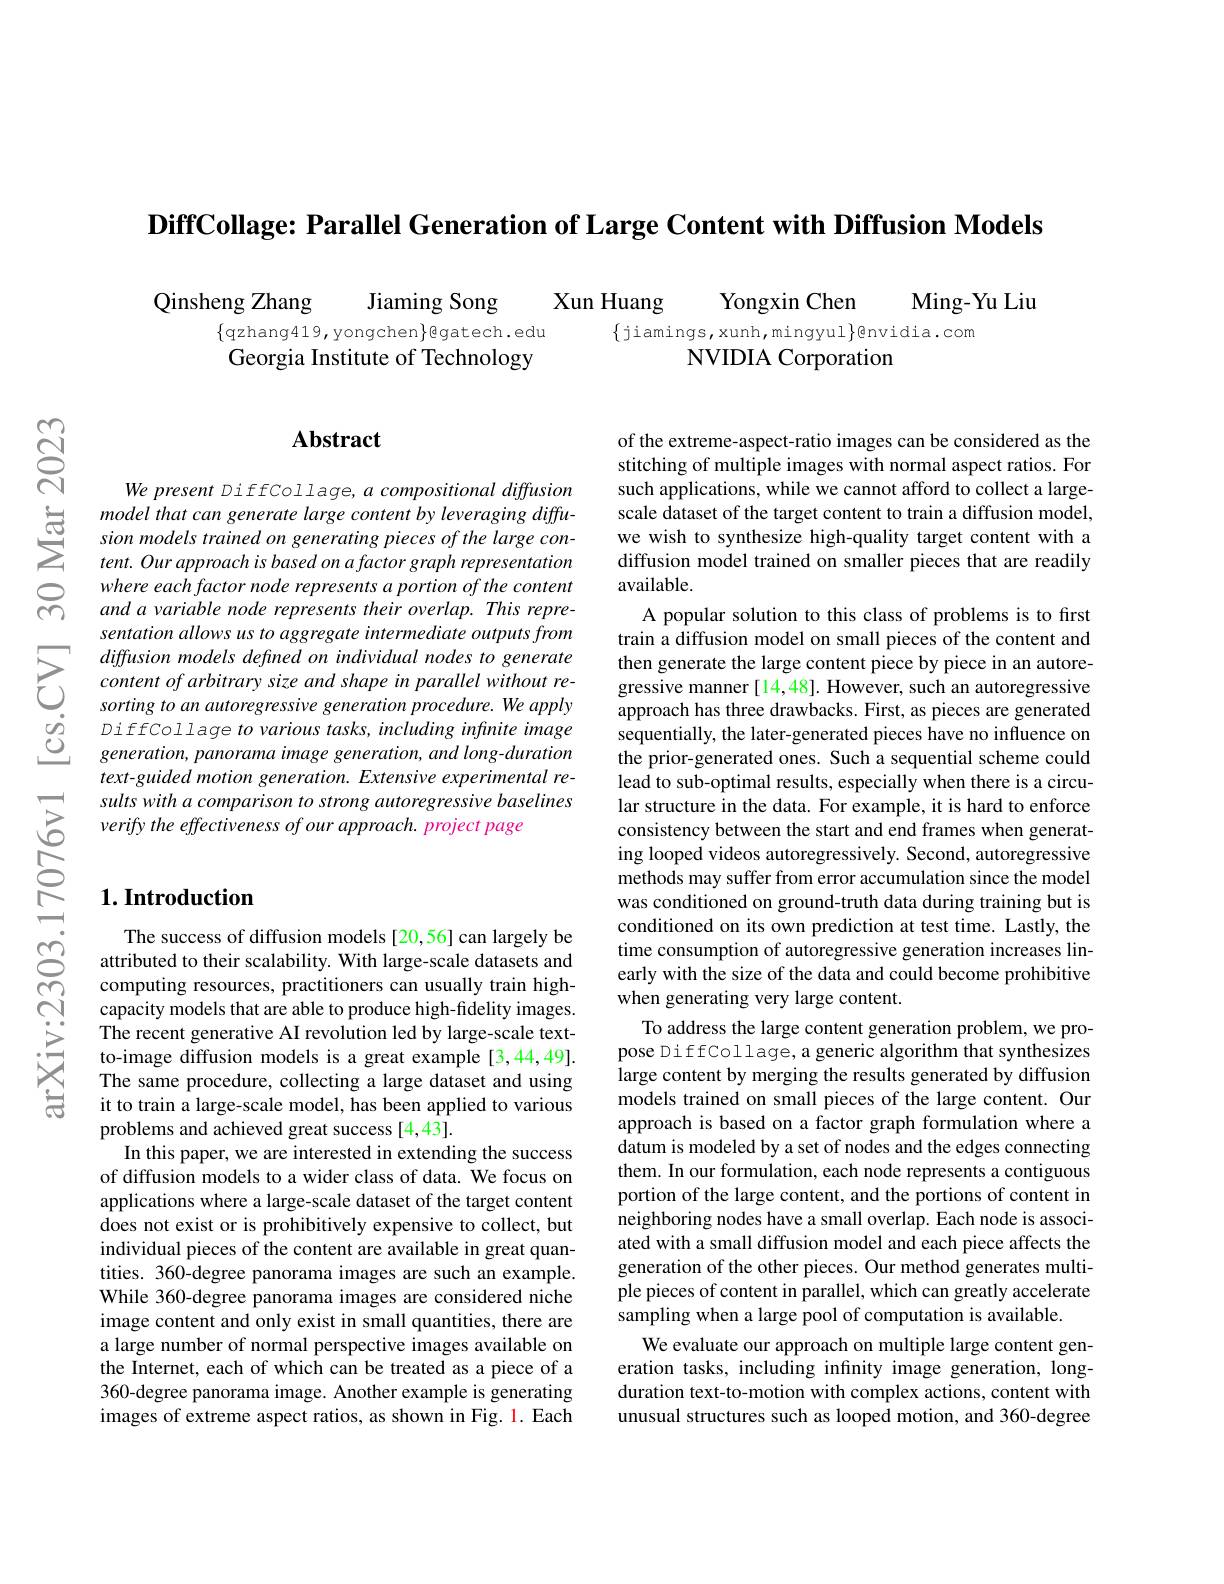
$\textbf{DiffCollage: Parallel Generation of Large Content with Diffusion Models}$

Ming-Yu Liu

Qinsheng Zhang
Jiaming Song
Xun Huang
$\{$qzhang419, yongchen$\}$gatech.edu Georgia Institute of Technology

Yongxin Chen
$\{$jiamings,xunh,mingyul$\}$@nvidia.com
NVIDIA Corporation

## $\mathbf{Abstract}$

We present DiffCollage, a compositional diffusion model that can generate large content by leveraging diffusion models trained on generating pieces of the large content. Our approach is based on a factor graph representation where each factor node represents a portion of the content and a variable node represents their overlap. This representation allows us to aggregate intermediate outputs from diffusion models defined on individual nodes to generate content of arbitrary size and shape in parallel without resorting to an autoregressive generation procedure. We apply DiffCollage to various tasks, including infinite image $generation,panoramaimage$ generation, and long-duration text-guided motion generation. Extensive experimental results with a comparison to strong autoregressive baselines verify the effectiveness of our approach. project page

## $1. \textbf{Introduction}$

of the extreme-aspect-ratio images can be considered as the stitching of multiple images with normal aspect ratios. For such applications, while we cannot afford to collect a largescale dataset of the target content to train a diffusion model, we wish to synthesize high-quality target content with a diffusion model trained on smaller pieces that are readily available.
A popular solution to this class of problems is to first train a diffusion model on small pieces of the content and then generate the large content piece by piece in an autoregressive manner [14,48]. However, such an autoregressive approach has three drawbacks. First, as pieces are generated sequentially, the later-generated pieces have no influence on the prior-generated ones. Such a sequential scheme could lead to sub-optimal results, especially when there is a circular structure in the data. For example, it is hard to enforce consistency between the start and end frames when generating looped videos autoregressively. Second, autoregressive methods may suffer from error accumulation since the model was conditioned on ground-truth data during training but is conditioned on its own prediction at test time. Lastly, the time consumption of autoregressive generation increases linearly with the size of the data and could become prohibitive when generating very large content.
To address the large content generation problem, we propose DiffCollage, a generic algorithm that synthesizes large content by merging the results generated by diffusion models trained on small pieces of the large content. Our approach is based on a factor graph formulation where a datum is modeled by a set of nodes and the edges connecting them. In our formulation, each node represents a contiguous portion of the large content, and the portions of content in neighboring nodes have a small overlap. Each node is associated with a small diffusion model and each piece affects the generation of the other pieces. Our method generates multiple pieces of content in parallel, which can greatly accelerate sampling when a large pool of computation is available
We evaluate our approach on multiple large content generation tasks, including infinity image generation, longduration text-to-motion with complex actions, content with unusual structures such as looped motion, and 360-degree

The success of diffusion models [20,56] can largely be attributed to their scalability. With large-scale datasets and computing resources, practitioners can usually train highcapacity models that are able to produce high-fidelity images. The recent generative AI revolution led by large-scale textto-image diffusion models is a great example [3,44,49]. The same procedure, collecting a large dataset and using it to train a large-scale model, has been applied to various problems and achieved great success [4,43].
In this paper, we are interested in extending the success of diffusion models to a wider class of data. We focus on applications where a large-scale dataset of the target content does not exist or is prohibitively expensive to collect, but individual pieces of the content are available in great quantities. 360-degree panorama images are such an example. While 360-degree panorama images are considered niche image content and only exist in small quantities, there are a large number of normal perspective images available on the Internet, each of which can be treated as a piece of a 360-degree panorama image. Another example is generating images of extreme aspect ratios, as shown in Fig. 1. Each